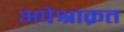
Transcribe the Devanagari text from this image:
अपेश्राक्रत